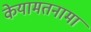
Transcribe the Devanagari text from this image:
केयामतनामा